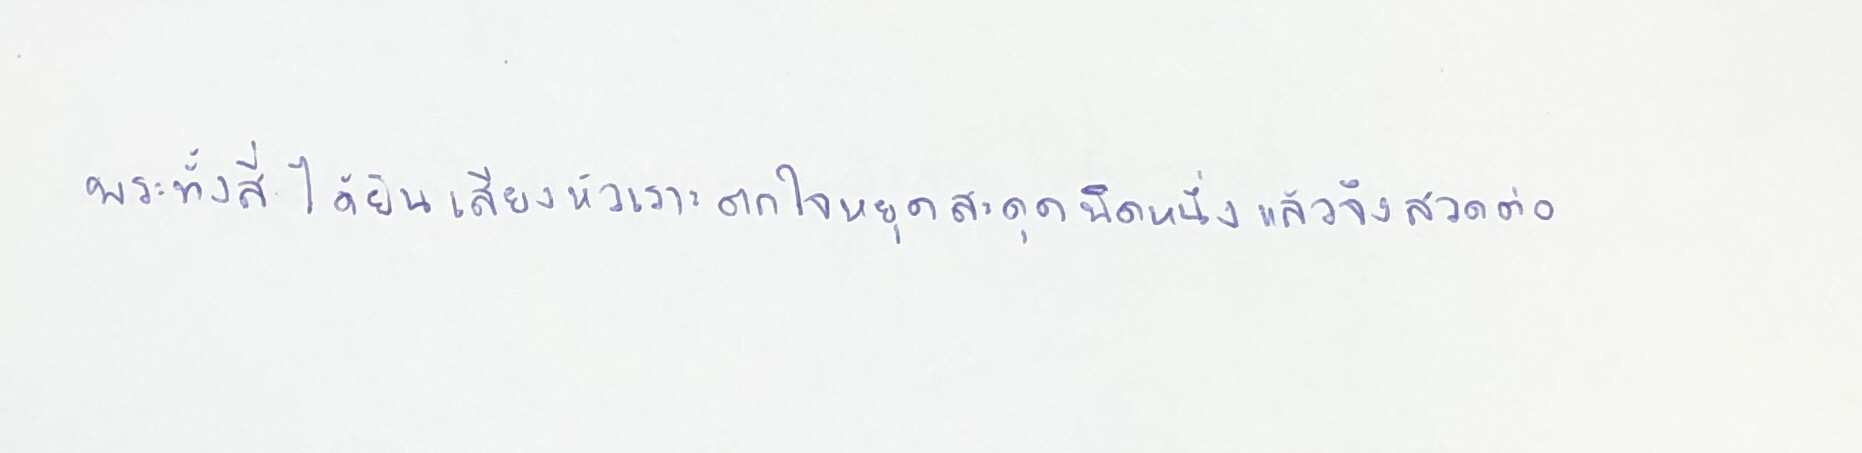
พระทั้งสี่ได้ยินเสียงหัวเราะตกใจหยุดสะดุดนิดหนึ่งแล้วจึงสวดต่อ